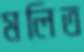
মলিত